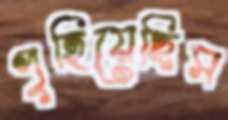
পুহিয়েছিস